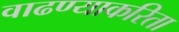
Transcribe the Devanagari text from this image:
वाढण्याकरिता